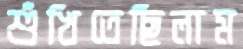
শুঁখিতেছিলাম